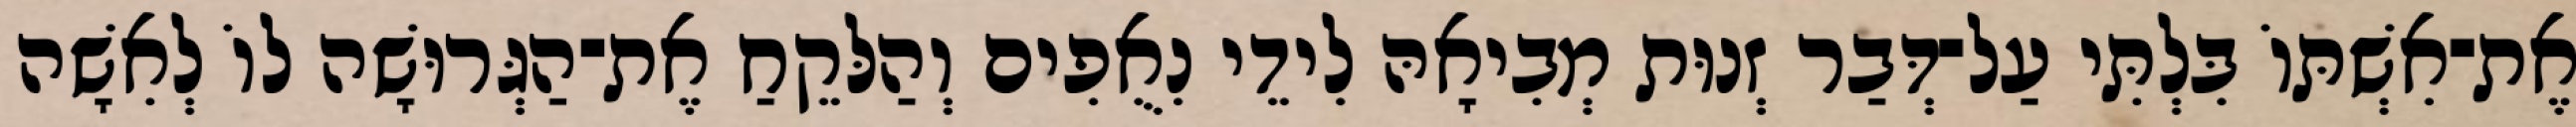
אֶת־אִשְׁתּוֹ בִּלְתִּי עַל־דְּבַר זְנוּת מְבִיאָהּ לִידֵי נִאֻפִים וְהַלּקֵחַ אֶת־הַגְּרוּשָׁה לוֹ לְאִשָׁה